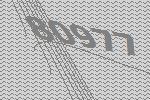
80977